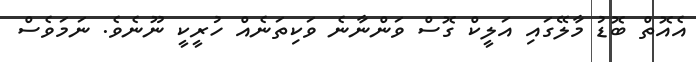
އެއޮތް ބޮޑު މާލޭގައި އަލީކް ގޮސް ވަންނާނެ ވަކިތަނެއް ހުރީކީ ނޫނެވެ. ނަމަވެސް